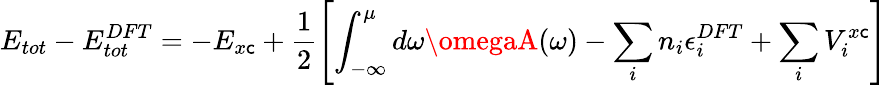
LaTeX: E_{tot}-E_{tot}^{DFT}=-E_{x\mathsf{c}}+\frac{1}{2}\left[\int_{-\infty}^{\mu}d\omega\omegaA(\omega)-\sum_{i}n_{i}\epsilon_{i}^{DFT}+\sum_{i}V_{i}^{x\mathsf{c}}\right]